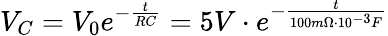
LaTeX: V_{C}=V_{0}e^{-\frac{t}{RC}}=5V\cdot e^{-\frac{t}{100m\Omega\cdot 10^{-3}F}}